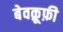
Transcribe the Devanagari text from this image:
बेवक़ूफ़ी